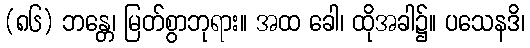
(၈၆) ဘန္တေ၊ မြတ်စွာဘုရား။ အထ ခေါ၊ ထိုအခါ၌။ ပသေနဒိ၊